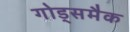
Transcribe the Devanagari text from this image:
गोड्समैक